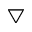
\bigtriangledown